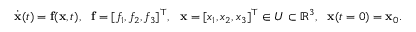
\begin{array} { r } { \dot { \mathbf { x } } ( t ) = \mathbf { f } ( \mathbf { x } , t ) , \ \ \mathbf { f } = [ f _ { 1 } , f _ { 2 } , f _ { 3 } ] ^ { \top } , \ \ \mathbf { x } = [ x _ { 1 } , x _ { 2 } , x _ { 3 } ] ^ { \top } \in U \subset \mathbb { R } ^ { 3 } , \ \ \mathbf { x } ( t = 0 ) = \mathbf { x } _ { 0 } . } \end{array}